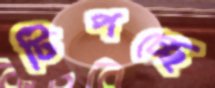
টিপচ্ছে